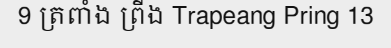
9 ត្រពាំង ព្រីង Trapeang Pring 13